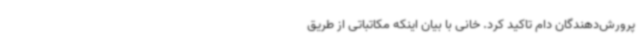
پرورش‌دهندگان دام تاکید کرد. خانی با بیان اینکه مکاتباتی از طریق